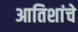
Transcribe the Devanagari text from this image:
आतिशांचे